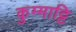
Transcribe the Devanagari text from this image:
कुम्माट्टि